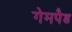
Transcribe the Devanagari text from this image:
गेमपैड